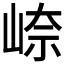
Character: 𪨼